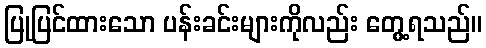
ပြုပြင်ထားသော ပန်းခင်းများကိုလည်း တွေ့ရသည်။